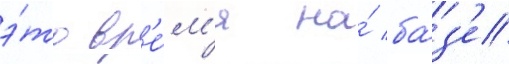
э́то вр'е́м'я на́ ба́з'е